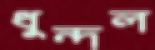
ধুন্দল